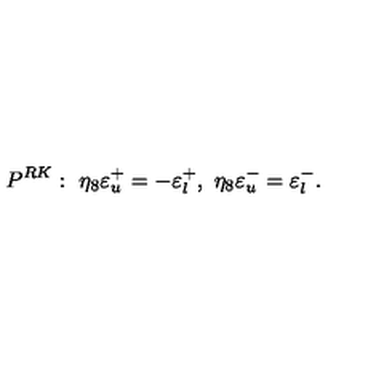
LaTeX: P ^ { R K } : \ \eta _ { 8 } \varepsilon _ { u } ^ { + } = - \varepsilon _ { l } ^ { + } , \ \eta _ { 8 } \varepsilon _ { u } ^ { - } = \varepsilon _ { l } ^ { - } .